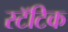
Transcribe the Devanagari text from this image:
स्टॅटिक